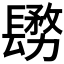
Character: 𨲬